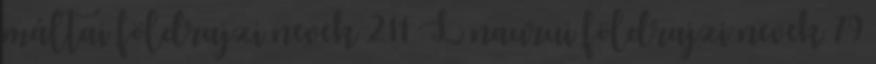
máltai földrajzi nevek‎ 211 L naurui földrajzi nevek‎ 79